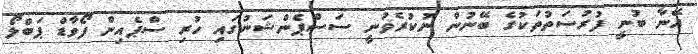
އޭނާ ބުނީ ފުރުސަތުތަކުގެ ބޭނުން ނުކުރެވުނީ ސަސްޕެންޝަނުގައި ހުރި ސްޕެއިން ފޯވާޑް ޕަބްލޯ